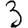
Digit: 3